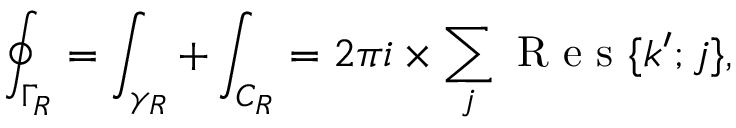
\oint _ { \Gamma _ { R } } = \int _ { \gamma _ { R } } + \int _ { C _ { R } } = 2 \pi i \times \sum _ { j } \mathrm { ~ R ~ e ~ s ~ } \{ k ^ { \prime } ; j \} ,